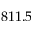
8 1 1 . 5